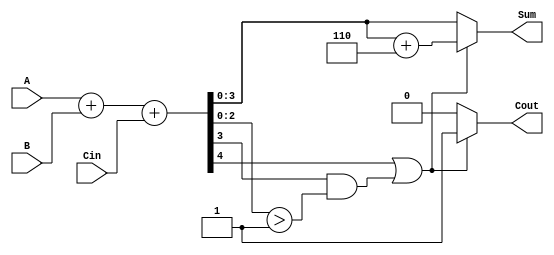
module BCD_Adder (
    input  wire [3:0] A,     // First BCD digit
    input  wire [3:0] B,     // Second BCD digit
    input  wire Cin,          // Carry-in
    output reg  [3:0] Sum,    // BCD result
    output reg  Cout          // Carry-out
);

    wire [4:0] binary_sum;    // 5-bit to accommodate carry
    wire correction_needed;     // Flag to indicate if correction is needed

    // Step 1: Perform binary addition
    assign binary_sum = A + B + Cin;

    // Step 2: Check if correction is needed (if binary_sum > 9)
    assign correction_needed = binary_sum[4] || (binary_sum[3] && (binary_sum[2:0] > 3'b1001));

    // Step 3: Apply correction if needed
    always @(*) begin
        if (correction_needed) begin
            Sum = binary_sum + 4'b0110; // Add 6 for BCD correction
            Cout = 1;                   // Set carry-out
        end else begin
            Sum = binary_sum[3:0];      // No correction needed
            Cout = 0;                   // No carry-out
        end
    end

endmodule